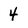
Character: 4